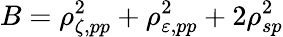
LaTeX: B=\rho_{\zeta,pp}^{2}+\rho_{\varepsilon,pp}^{2}+2\rho_{sp}^{2}